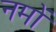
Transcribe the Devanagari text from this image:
नमों